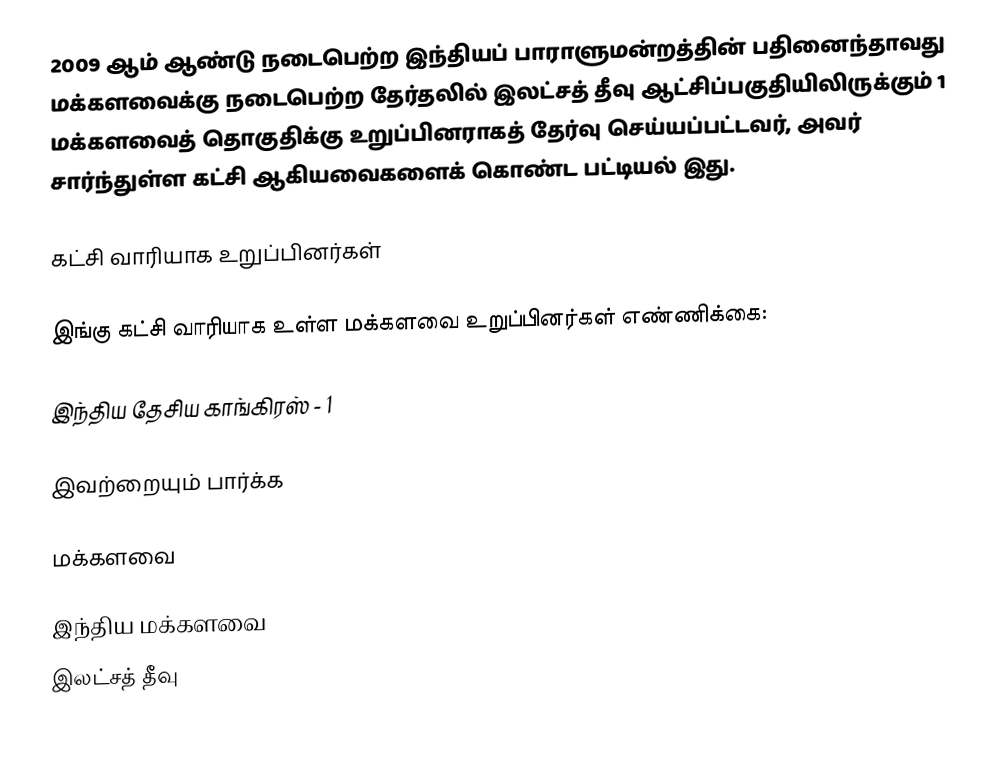
2009 ஆம் ஆண்டு நடைபெற்ற இந்தியப் பாராளுமன்றத்தின் பதினைந்தாவது மக்களவைக்கு நடைபெற்ற தேர்தலில் இலட்சத் தீவு ஆட்சிப்பகுதியிலிருக்கும் 1 மக்களவைத் தொகுதிக்கு உறுப்பினராகத் தேர்வு செய்யப்பட்டவர், அவர் சார்ந்துள்ள கட்சி ஆகியவைகளைக் கொண்ட பட்டியல் இது.

கட்சி வாரியாக உறுப்பினர்கள்

இங்கு கட்சி வாரியாக உள்ள மக்களவை உறுப்பினர்கள் எண்ணிக்கை:

இந்திய தேசிய காங்கிரஸ் - 1

இவற்றையும் பார்க்க

 மக்களவை

இந்திய மக்களவை
இலட்சத் தீவு